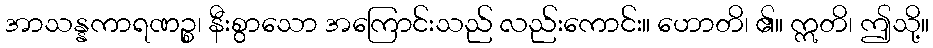
အာသန္နကာရဏဉ္စ၊ နီးစွာသော အကြောင်းသည် လည်းကောင်း။ ဟောတိ၊ ၏။ ဣတိ၊ ဤသို့။